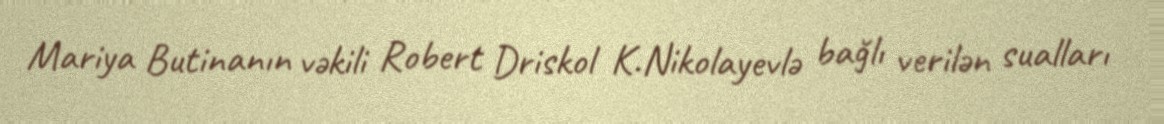
Mariya Butinanın vəkili Robert Driskol K.Nikolayevlə bağlı verilən sualları